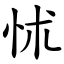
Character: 怵